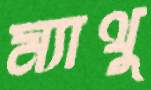
ম্যাথু